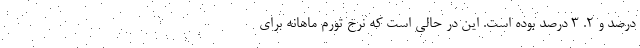
درصد و ٢. ٣ درصد بوده است. این در حالی است که نرخ تورم ماهانه برای